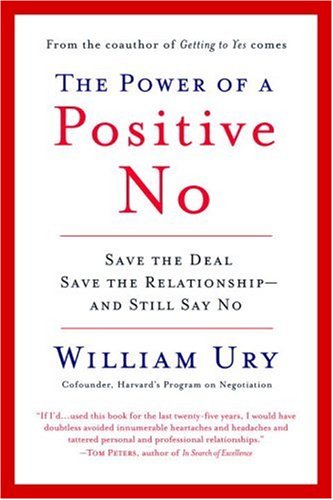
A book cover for The Power of a Positive No: Save The Deal Save The Relationship and Still Say No; William Ury; Business & Money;